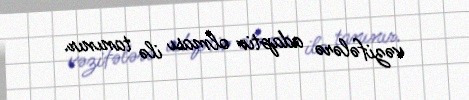
vəzifələrə adaptiv olması ilə tanınır.